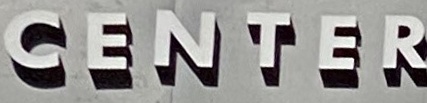
CENTER